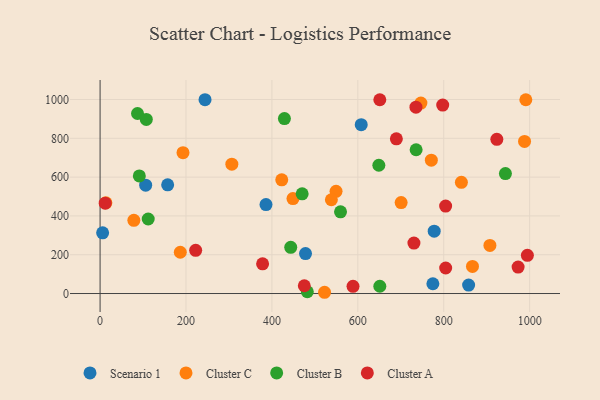
{"axis": {"x": "Experience", "y": "Salary"}, "legend": ["Cluster A", "Cluster B", "Cluster C", "Scenario 1"], "data": [{"x": "774.7", "y": 50.4, "type": "Scenario 1"}, {"x": "607.9", "y": 870.3, "type": "Scenario 1"}, {"x": "777.8", "y": 321.2, "type": "Scenario 1"}, {"x": "857.9", "y": 43.4, "type": "Scenario 1"}, {"x": "386.2", "y": 458.7, "type": "Scenario 1"}, {"x": "5.9", "y": 312.9, "type": "Scenario 1"}, {"x": "157.3", "y": 560.1, "type": "Scenario 1"}, {"x": "244.3", "y": 998.9, "type": "Scenario 1"}, {"x": "106.1", "y": 558.2, "type": "Scenario 1"}, {"x": "478.2", "y": 205.8, "type": "Scenario 1"}, {"x": "991.1", "y": 998.8, "type": "Cluster C"}, {"x": "78.6", "y": 377.3, "type": "Cluster C"}, {"x": "186.7", "y": 212.8, "type": "Cluster C"}, {"x": "771.1", "y": 687.1, "type": "Cluster C"}, {"x": "549.3", "y": 526.7, "type": "Cluster C"}, {"x": "522.5", "y": 6.4, "type": "Cluster C"}, {"x": "866.9", "y": 139.5, "type": "Cluster C"}, {"x": "538.4", "y": 483.3, "type": "Cluster C"}, {"x": "841.1", "y": 573.3, "type": "Cluster C"}, {"x": "193.0", "y": 726.0, "type": "Cluster C"}, {"x": "306.7", "y": 666.9, "type": "Cluster C"}, {"x": "746.8", "y": 981.7, "type": "Cluster C"}, {"x": "700.8", "y": 469.0, "type": "Cluster C"}, {"x": "422.9", "y": 585.9, "type": "Cluster C"}, {"x": "988.1", "y": 784.0, "type": "Cluster C"}, {"x": "13.5", "y": 467.3, "type": "Cluster C"}, {"x": "907.5", "y": 247.8, "type": "Cluster C"}, {"x": "449.0", "y": 489.2, "type": "Cluster C"}, {"x": "87.1", "y": 927.8, "type": "Cluster B"}, {"x": "107.6", "y": 897.4, "type": "Cluster B"}, {"x": "735.7", "y": 741.1, "type": "Cluster B"}, {"x": "648.9", "y": 661.2, "type": "Cluster B"}, {"x": "443.8", "y": 238.3, "type": "Cluster B"}, {"x": "470.4", "y": 513.8, "type": "Cluster B"}, {"x": "482.4", "y": 9.0, "type": "Cluster B"}, {"x": "943.6", "y": 618.1, "type": "Cluster B"}, {"x": "429.1", "y": 901.8, "type": "Cluster B"}, {"x": "559.7", "y": 421.2, "type": "Cluster B"}, {"x": "112.0", "y": 384.2, "type": "Cluster B"}, {"x": "651.2", "y": 37.4, "type": "Cluster B"}, {"x": "91.3", "y": 606.2, "type": "Cluster B"}, {"x": "730.6", "y": 260.0, "type": "Cluster A"}, {"x": "923.6", "y": 794.8, "type": "Cluster A"}, {"x": "804.4", "y": 450.9, "type": "Cluster A"}, {"x": "651.2", "y": 998.7, "type": "Cluster A"}, {"x": "475.4", "y": 40.1, "type": "Cluster A"}, {"x": "797.6", "y": 971.1, "type": "Cluster A"}, {"x": "994.7", "y": 197.0, "type": "Cluster A"}, {"x": "735.3", "y": 960.4, "type": "Cluster A"}, {"x": "804.5", "y": 131.4, "type": "Cluster A"}, {"x": "378.3", "y": 152.9, "type": "Cluster A"}, {"x": "973.1", "y": 136.3, "type": "Cluster A"}, {"x": "588.8", "y": 37.3, "type": "Cluster A"}, {"x": "689.7", "y": 797.3, "type": "Cluster A"}, {"x": "11.9", "y": 465.9, "type": "Cluster A"}, {"x": "222.5", "y": 222.7, "type": "Cluster A"}]}